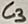
Text: C3